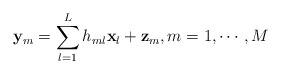
\begin{align*}\mathbf{y}_{m}=\sum_{l=1}^{L}h_{ml}\mathbf{x}_{l}+\mathbf{z}_{m},m=1,\cdots,M\end{align*}